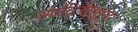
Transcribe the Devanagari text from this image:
आदिस्वरूपा